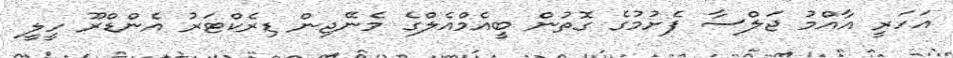
އަހަރީ އާއްމު ޖަލްސާ ފެށުމުގެ ގޮތުން ބީއެމްއެލްގެ މެނޭޖިން ޑިރެކްޓަރު އެންޑްރޫ ހީލީ